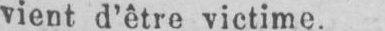
vient d’être victime.